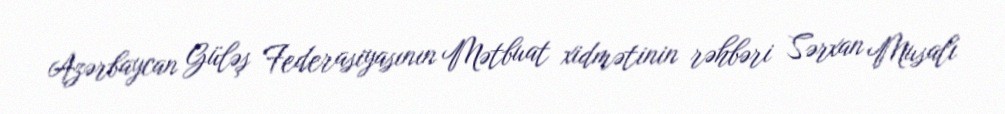
Azərbaycan Güləş Federasiyasının Mətbuat xidmətinin rəhbəri Sərxan Musalı